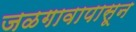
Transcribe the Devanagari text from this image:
जळगावापासून